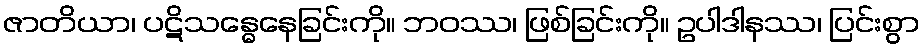
ဇာတိယာ၊ ပဋိသန္ဓေနေခြင်းကို။ ဘဝဿ၊ ဖြစ်ခြင်းကို။ ဥပါဒါနဿ၊ ပြင်းစွာ